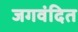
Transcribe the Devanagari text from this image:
जगवंदित